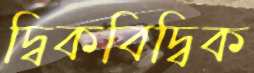
দ্বিকবিদ্বিক